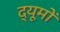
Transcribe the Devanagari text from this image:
द्यूमों